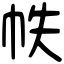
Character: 帙